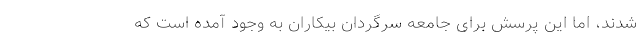
شدند، اما این پرسش برای جامعه سرگردان بیکاران به وجود آمده است که